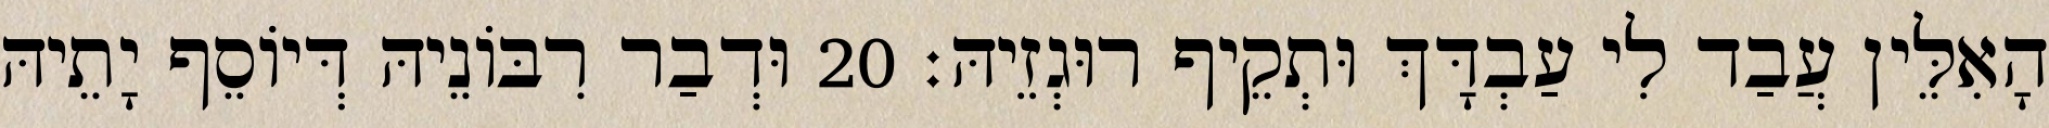
הָאִלֵּין עֲבַד לִי עַבְדָּךְ וּתְקֵיף רוּגְזֵיהּ׃ 20 וּדְבַר רִבּוֹנֵיהּ דְּיוֹסֵף יָתֵיהּ